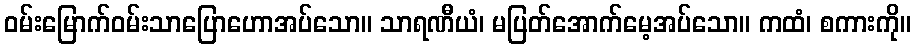
ဝမ်းမြောက်ဝမ်းသာပြောဟောအပ်သော။ သာရဏီယံ၊ မပြတ်အောက်မေ့အပ်သော။ ကထံ၊ စကားကို။